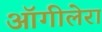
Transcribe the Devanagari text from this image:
ऑगीलेरा